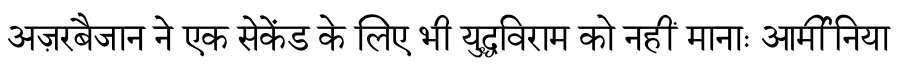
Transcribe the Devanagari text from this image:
अज़रबैजान ने एक सेकेंड के लिए भी युद्धविराम को नहीं मानाः आर्मीनिया